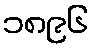
၁၈၉၆